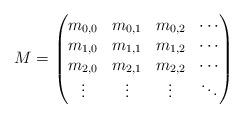
LaTeX: \begin{align*}M = \begin{pmatrix}m_{0,0} & m_{0,1} & m_{0,2} &\cdots\\m_{1,0} & m_{1,1} & m_{1,2} &\cdots\\m_{2,0} & m_{2,1} & m_{2,2} &\cdots\\\vdots & \vdots & \vdots & \ddots\end{pmatrix}\end{align*}